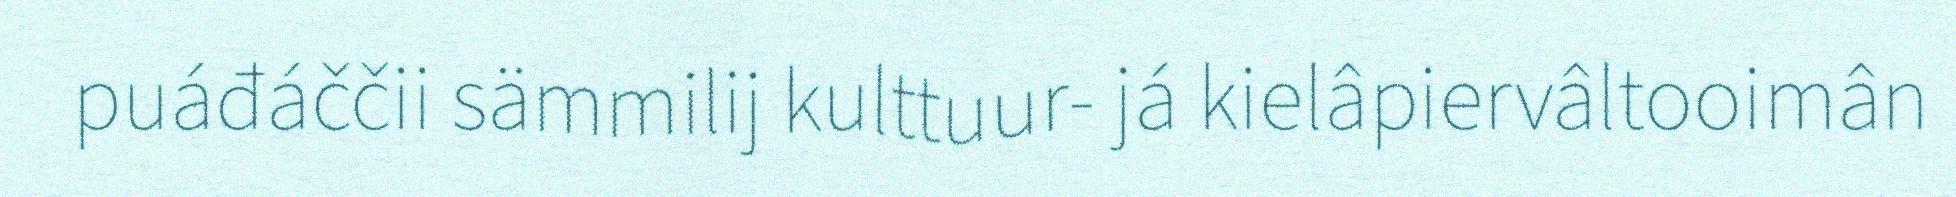
puáđáččii sämmilij kulttuur- já kielâpiervâltooimân